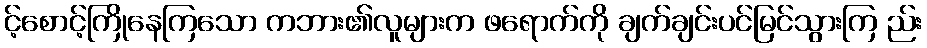
င့်စောင့်ကြိုနေကြသော ကဘား၏လူများက ဖရောက်ကို ချက်ချင်းပင်မြင်သွားကြ ည်း